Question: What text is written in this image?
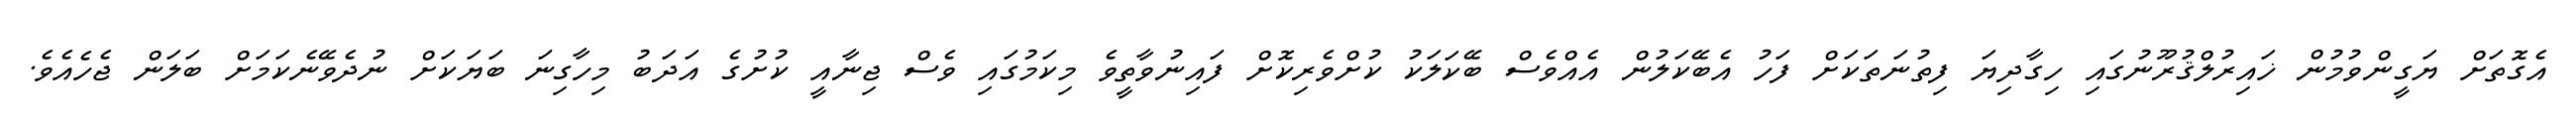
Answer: އެގޮތަށް ޔަގީންވުމުން ޚައިރުލްޤުރޫނުގައި ހިގާދިޔަ ފިތުނަތަކަށް ފަހު އެބޭކަލުން އެއްވެސް ބޭކަލަކު ކުށްވެރިކޮށް ފައިނުވާތީވެ މިކަމުގައި ވެސް ޖިނާއީ ކުށުގެ އަދަބު މިހާގިނަ ބަޔަކަށް ނުދެވޭނެކަމަށް ބަލަން ޖެހެއެވެ.